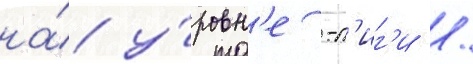
на́ у́ровн'е -л'иг'и /